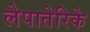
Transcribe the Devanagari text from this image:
लेपातेरिके